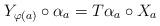
LaTeX: \begin{align*}Y_{\varphi(a)}\circ \alpha_a = T\alpha_a \circ X_a\end{align*}